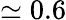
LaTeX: \simeq 0.6